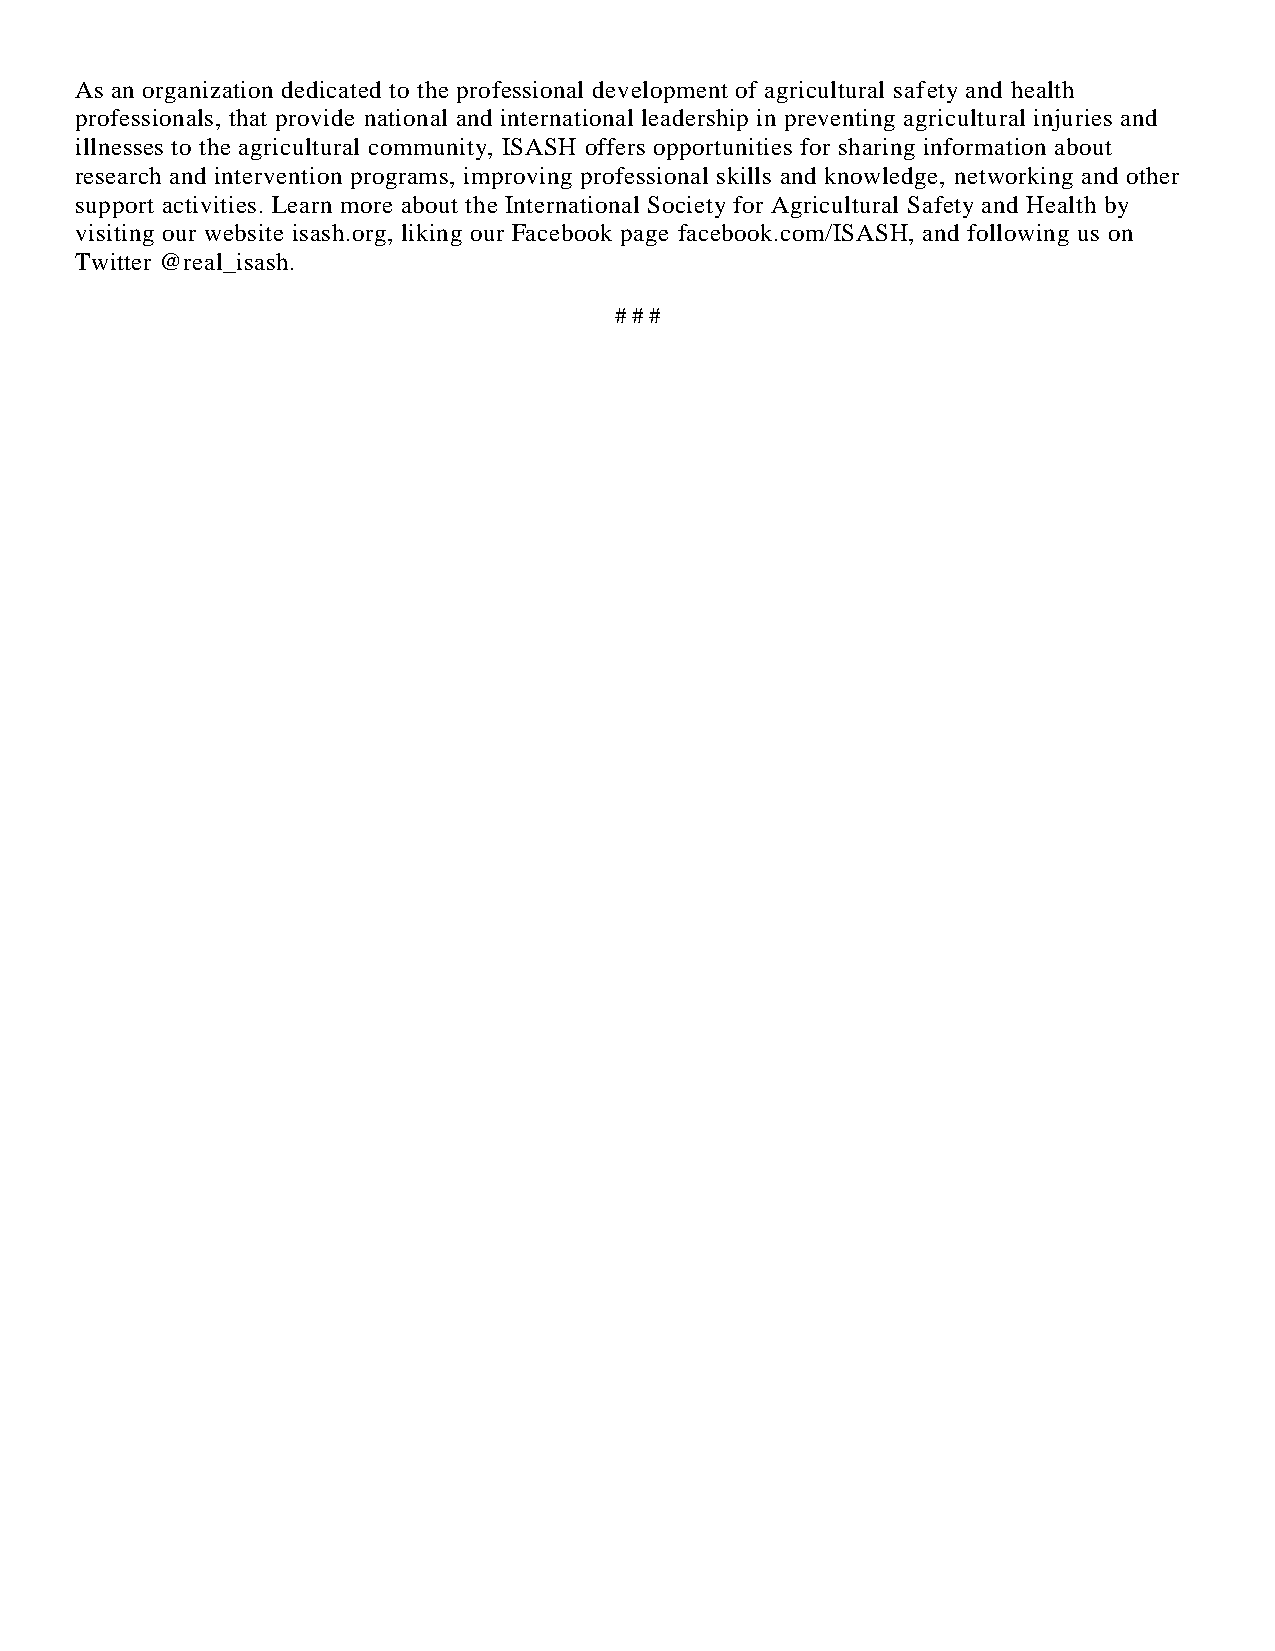
As an organization dedicated to the professional development of agricultural safety and health
 professionals, that provide national and international leadership in preventing agricultural injuries and
 illnesses to the agricultural community, ISASH offers opportunities for sharing information about
 research and intervention programs, improving professional skills and knowledge, networking and other
 support activities. Learn more about the International Society for Agricultural Safety and Health by
 visiting our website isash.org, liking our Facebook page facebook.com/ISASH, and following us on
 Twitter @real_isash.
 # # #